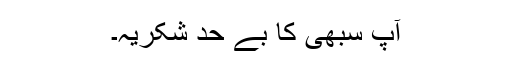
آپ سبھی کا بے حد شکریہ۔